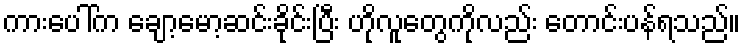
ကားပေါ်က ချော့မော့ဆင်းခိုင်းပြီး ဟိုလူတွေကိုလည်း တောင်းပန်ရသည်။